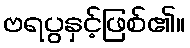
ဗရပွနှင့်ဖြစ်၏။